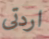
اردتى